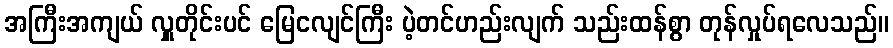
အကြီးအကျယ် လှူတိုင်းပင် မြေငလျင်ကြီး ပဲ့တင်ဟည်းလျက် သည်းထန်စွာ တုန်လှုပ်ရလေသည်။